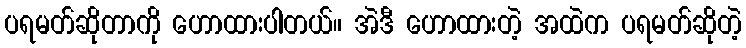
ပရမတ်ဆိုတာကို ဟောထားပါတယ်။ အဲဒီ ဟောထားတဲ့ အထဲက ပရမတ်ဆိုတဲ့